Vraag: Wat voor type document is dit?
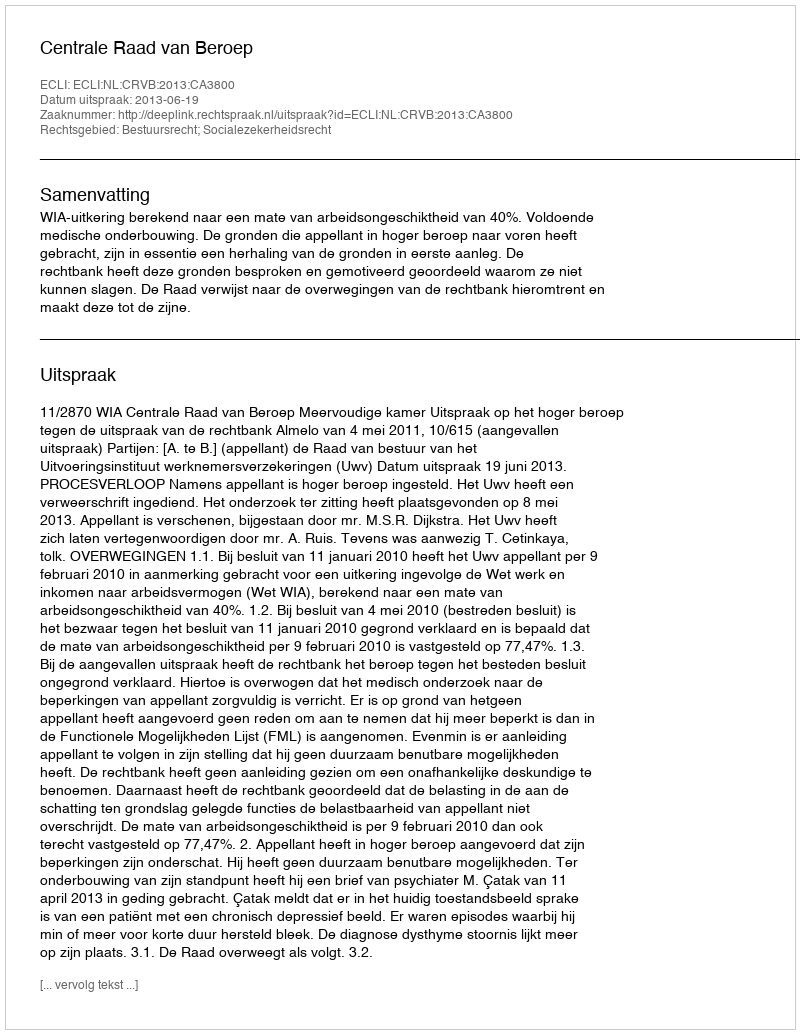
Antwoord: Uitspraak